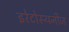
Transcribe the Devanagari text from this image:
इरेटोस्थनीज